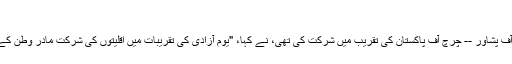
"
ضلعی نائب ناظم، سید قاسم علی شاہ، جنہوں نے ڈائیوسس آف پشاور -- چرچ آف پاکستان کی تقریب میں شرکت کی تھی، نے کہا، "یومِ آزادی کی تقریبات میں اقلیتوں کی شرکت مادرِ وطن کے لیے ان کی وفاداری اور ان کی حب الوطنی کا اظہار ہے۔